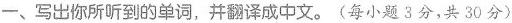
一、写出你所听到的单词，并翻译成中文。(每小题3分，共30分)